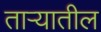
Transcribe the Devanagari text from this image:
तार्‍यातील